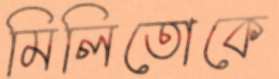
মিলিতোকে